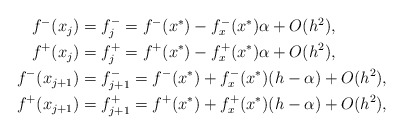
\begin{align*}\begin{aligned}f^-(x_j)&=f^-_j=f^-(x^*)-f^-_x(x^*) \alpha+O(h^2),\\f^+(x_j)&=f^+_j=f^+(x^*)-f^+_x(x^*) \alpha+O(h^2),\\f^-(x_{j+1})&=f^-_{j+1}=f^-(x^*)+f^-_x(x^*) (h-\alpha) +O(h^2),\\f^+(x_{j+1})&=f^+_{j+1}=f^+(x^*)+f^+_x(x^*) (h-\alpha) +O(h^2),\end{aligned}\end{align*}